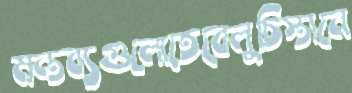
মন্তব্যগুলোতেবেলুচিস্তানে